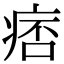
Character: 痞